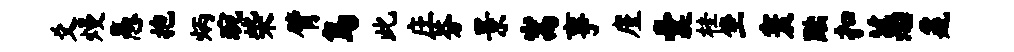
爻熳愚抱炳琬柴臂鸟此庄芬景嵩事廑囊桂坐寰黜扣蕙鼐